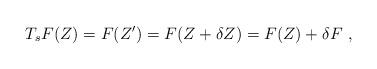
LaTeX: \begin{align*}T_s F(Z) = F (Z') = F (Z + \delta Z) = F (Z) + \delta F~,\end{align*}